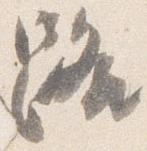
路